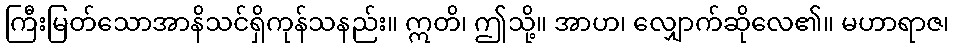
ကြီးမြတ်သောအာနိသင်ရှိကုန်သနည်း။ ဣတိ၊ ဤသို့။ အာဟ၊ လျှောက်ဆိုလေ၏။ မဟာရာဇ၊